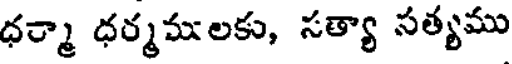
ధర్మా ధర్మములకు, సత్యా సత్యము